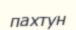
пахтун